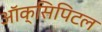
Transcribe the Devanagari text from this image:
ऑक्सिपिटल